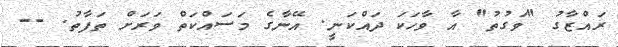
ރައްޒާގު "ވަގުތު" އާ ވާހަކަ ދައްކަނީ. އޭނާގެ މަސައްކަތް ވަރަށް ތަފާތު. --